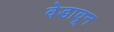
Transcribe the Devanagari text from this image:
वेडावून